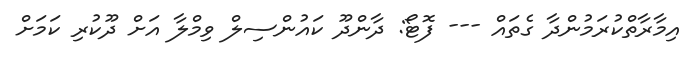
އިމާރާތްކުރަމުންދާ ގެތައް --- ފޮޓޯ: ދާންދޫ ކައުންސިލް ވިމްލާ އަށް ދޫކުރި ކަމަށް